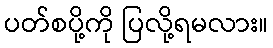
ပတ်စပို့ကို ပြလို့ရမလား။